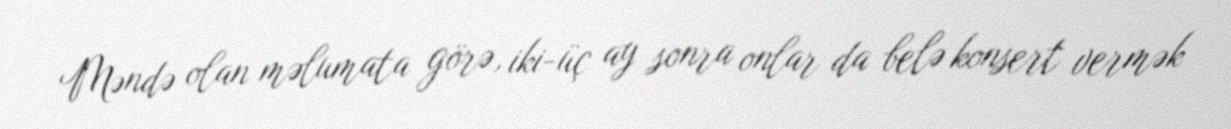
Məndə olan məlumata görə, iki-üç ay sonra onlar da belə konsert vermək